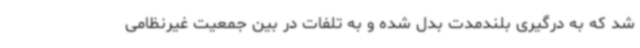
شد که به درگیری بلندمدت بدل شده و به تلفات در بین جمعیت غیرنظامی